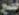
خضح